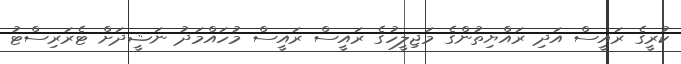
ކުރީގެ ރައީސް އަދި ރައްޔިތުންގެ މަޖިލީހުގެ ރައީސް ރައީސް މުހައްމަދު ނަޝީދަށް ޓެރަރިސްޓު